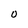
Character: O